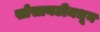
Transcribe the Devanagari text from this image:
सोसायटीमधून